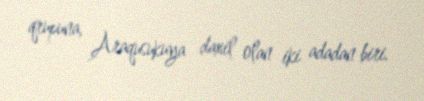
qrupuna, Araqusukuya daxil olan iki adadan biri.